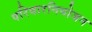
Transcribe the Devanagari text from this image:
परिवारनियोजन